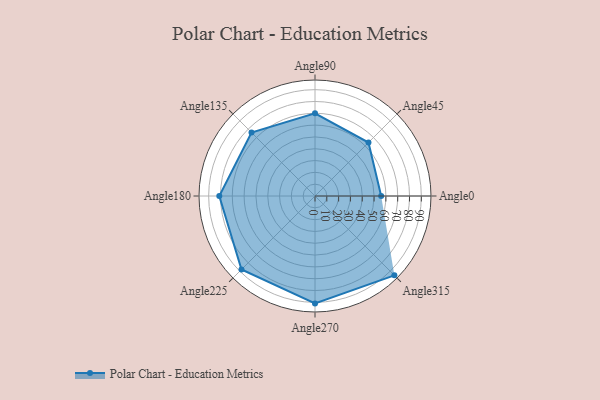
{"axis": {"x": "Angle", "y": "Radius"}, "legend": [""], "data": [{"x": "Angle0", "y": 56.0, "type": ""}, {"x": "Angle45", "y": 64.0, "type": ""}, {"x": "Angle90", "y": 70.0, "type": ""}, {"x": "Angle135", "y": 76.0, "type": ""}, {"x": "Angle180", "y": 81.0, "type": ""}, {"x": "Angle225", "y": 88.0, "type": ""}, {"x": "Angle270", "y": 91.0, "type": ""}, {"x": "Angle315", "y": 95.0, "type": ""}]}